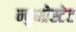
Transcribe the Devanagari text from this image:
न्युमोस्टेट